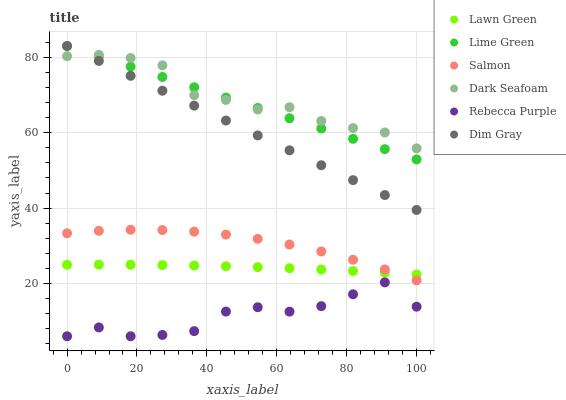
| xaxis_label | Lawn Green | Lime Green | Salmon | Dark Seafoam | Rebecca Purple | Dim Gray |
 | --- | --- | --- | --- | --- | --- | --- |
 | 0 | 25 | 83 | 33.3 | 80.3 | 6 | 83 |
 | 9.09 | 25 | 80.3 | 34 | 80.6 | 8.34 | 79 |
 | 18.2 | 25 | 77.5 | 34.2 | 79.8 | 6 | 75.1 |
 | 27.3 | 24.9 | 74.8 | 34.2 | 77.9 | 6.34 | 71.1 |
 | 36.4 | 24.8 | 72.1 | 33.8 | 69.9 | 7.36 | 67.2 |
 | 45.5 | 24.6 | 69.3 | 33 | 68.7 | 12.5 | 63.2 |
 | 54.5 | 24.3 | 66.6 | 31.8 | 66.1 | 13.7 | 59.3 |
 | 63.6 | 24.1 | 63.8 | 30.3 | 66.8 | 12.5 | 55.3 |
 | 72.7 | 23.7 | 61.1 | 28.5 | 63.1 | 14 | 51.4 |
 | 81.8 | 23.3 | 58.4 | 26.3 | 61.2 | 17.1 | 47.4 |
 | 90.9 | 22.9 | 55.6 | 23.7 | 60.1 | 20.3 | 43.5 |
 | 100 | 22.4 | 52.9 | 20.8 | 55.9 | 13.8 | 39.5 |